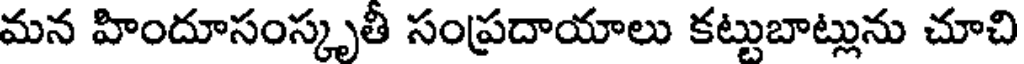
మన హిందూసంస్కృతీ సంప్రదాయాలు కట్టుబాట్లును చూచి